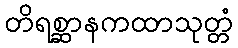
တိရစ္ဆာနကထာသုတ္တံ